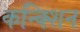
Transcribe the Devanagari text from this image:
कन्क्शिन